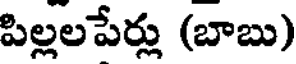
పిల్లలపేర్లు (బాబు)